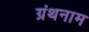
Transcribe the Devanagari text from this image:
ग्रंथनाम